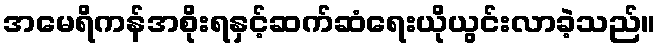
အမေရိကန်အစိုးရနှင့်ဆက်ဆံရေးယိုယွင်းလာခဲ့သည်။